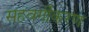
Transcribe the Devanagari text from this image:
सहवर्गीकरण